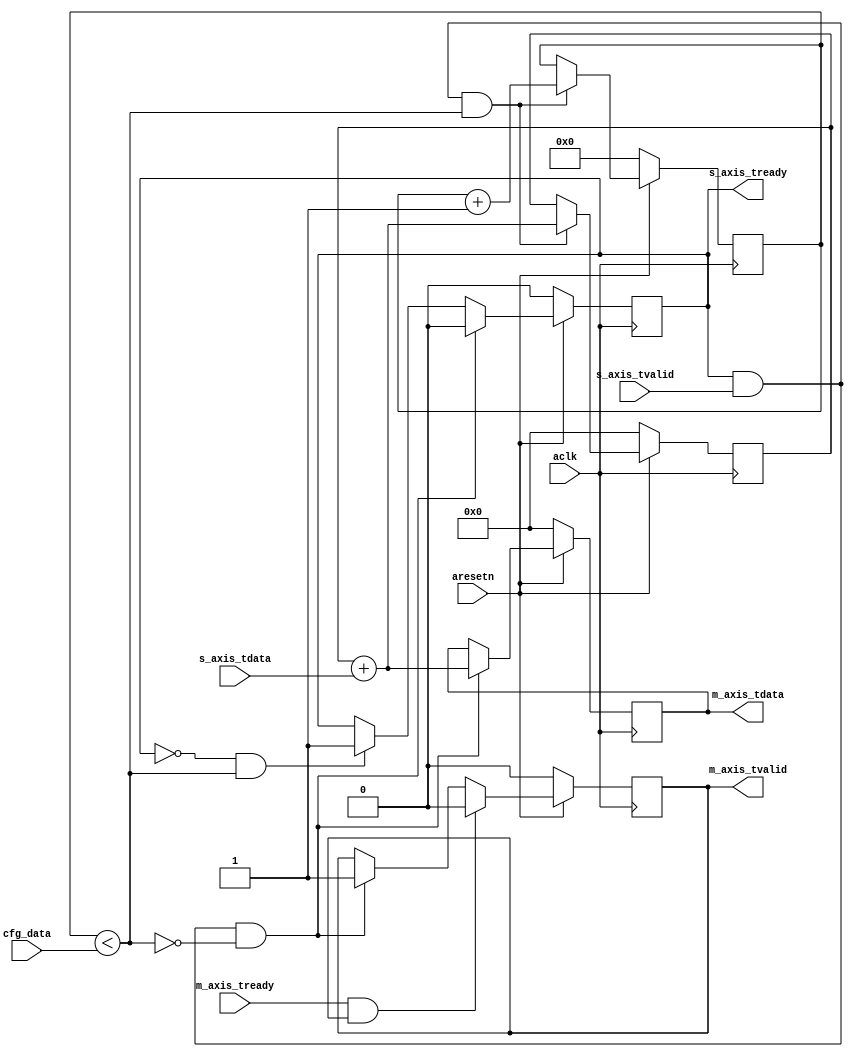
module axis_accumulator #
(
  parameter integer S_AXIS_TDATA_WIDTH = 16,
  parameter integer M_AXIS_TDATA_WIDTH = 32,
  parameter integer CNTR_WIDTH = 16,
  parameter         AXIS_TDATA_SIGNED = "FALSE",
  parameter         CONTINUOUS = "FALSE"
)
(
  // System signals
  input  wire                          aclk,
  input  wire                          aresetn,

  input  wire [CNTR_WIDTH-1:0]         cfg_data,

  // Slave side
  output wire                          s_axis_tready,
  input  wire [S_AXIS_TDATA_WIDTH-1:0] s_axis_tdata,
  input  wire                          s_axis_tvalid,

  // Master side
  input  wire                          m_axis_tready,
  output wire [M_AXIS_TDATA_WIDTH-1:0] m_axis_tdata,
  output wire                          m_axis_tvalid
);

  reg [M_AXIS_TDATA_WIDTH-1:0] int_tdata_reg, int_tdata_next;
  reg [M_AXIS_TDATA_WIDTH-1:0] int_accu_reg, int_accu_next;
  reg [CNTR_WIDTH-1:0] int_cntr_reg, int_cntr_next;
  reg int_tvalid_reg, int_tvalid_next;
  reg int_tready_reg, int_tready_next;

  wire [M_AXIS_TDATA_WIDTH-1:0] sum_accu_wire;
  wire int_comp_wire, int_tvalid_wire;

  always @(posedge aclk)
  begin
    if(~aresetn)
    begin
      int_tdata_reg <= {(M_AXIS_TDATA_WIDTH){1'b0}};
      int_tvalid_reg <= 1'b0;
      int_tready_reg <= 1'b0;
      int_accu_reg <= {(M_AXIS_TDATA_WIDTH){1'b0}};
      int_cntr_reg <= {(CNTR_WIDTH){1'b0}};
    end
    else
    begin
      int_tdata_reg <= int_tdata_next;
      int_tvalid_reg <= int_tvalid_next;
      int_tready_reg <= int_tready_next;
      int_accu_reg <= int_accu_next;
      int_cntr_reg <= int_cntr_next;
    end
  end

  assign int_comp_wire = int_cntr_reg < cfg_data;
  assign int_tvalid_wire = int_tready_reg & s_axis_tvalid;

  generate
    if(AXIS_TDATA_SIGNED == "TRUE")
    begin : SIGNED
      assign sum_accu_wire = $signed(int_accu_reg) + $signed(s_axis_tdata);
    end
    else
    begin : UNSIGNED
      assign sum_accu_wire = int_accu_reg + s_axis_tdata;
    end
  endgenerate

  generate
    if(CONTINUOUS == "TRUE")
    begin : CONTINUOUS
      always @*
      begin
        int_tdata_next = int_tdata_reg;
        int_tvalid_next = int_tvalid_reg;
        int_tready_next = int_tready_reg;
        int_accu_next = int_accu_reg;
        int_cntr_next = int_cntr_reg;

        if(~int_tready_reg & int_comp_wire)
        begin
          int_tready_next = 1'b1;
        end

        if(int_tvalid_wire & int_comp_wire)
        begin
          int_cntr_next = int_cntr_reg + 1'b1;
          int_accu_next = sum_accu_wire;
        end

        if(int_tvalid_wire & ~int_comp_wire)
        begin
          int_cntr_next = {(CNTR_WIDTH){1'b0}};
          int_accu_next = {(M_AXIS_TDATA_WIDTH){1'b0}};
          int_tdata_next = sum_accu_wire;
          int_tvalid_next = 1'b1;
        end

        if(m_axis_tready & int_tvalid_reg)
        begin
          int_tvalid_next = 1'b0;
        end
      end
    end
    else
    begin : STOP
      always @*
      begin
        int_tdata_next = int_tdata_reg;
        int_tvalid_next = int_tvalid_reg;
        int_tready_next = int_tready_reg;
        int_accu_next = int_accu_reg;
        int_cntr_next = int_cntr_reg;

        if(~int_tready_reg & int_comp_wire)
        begin
          int_tready_next = 1'b1;
        end

        if(int_tvalid_wire & int_comp_wire)
        begin
          int_cntr_next = int_cntr_reg + 1'b1;
          int_accu_next = sum_accu_wire;
        end

        if(int_tvalid_wire & ~int_comp_wire)
        begin
          int_tready_next = 1'b0;
          int_tdata_next = sum_accu_wire;
          int_tvalid_next = 1'b1;
        end

        if(m_axis_tready & int_tvalid_reg)
        begin
          int_tvalid_next = 1'b0;
        end
      end
    end
  endgenerate

  assign s_axis_tready = int_tready_reg;
  assign m_axis_tdata = int_tdata_reg;
  assign m_axis_tvalid = int_tvalid_reg;

endmodule